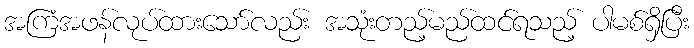
အကြံအဖန်လုပ်ထားသော်လည်း အသုံးတည့်မည်ထင်ရသည့် ပါမစ်ရှိပြီး